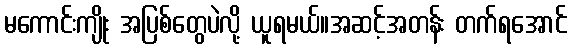
မကောင်းကျိုး အပြစ်တွေပဲလို့ ယူရမယ်။အဆင့်အတန်း တက်ရအောင်